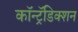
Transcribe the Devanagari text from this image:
कॉन्ट्रॅडिक्शन